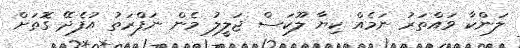
ލަންކާ ވައްތަރު ނަމެއް ކިޔާ ލޫކަސް ޖަލީލު މެން ނަފްރަތު އުފެދޭ ގޮތަށް